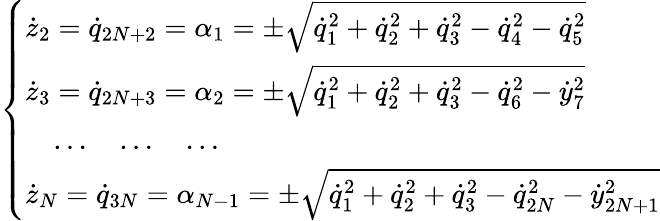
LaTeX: \left\{ \begin{array}{l}{{\dot{z}}_{2}={\dot{q}}_{2N+2}=\alpha_{1}=\pm\sqrt{{\dot{q}}_{1}^{2}+{\dot{q}}_{2}^{2}+{\dot{q}}_{3}^{2}-{\dot{q}}_{4}^{2}-{\dot{q}}_{5}^{2}}}\\ {{\dot{z}}_{3}={\dot{q}}_{2N+3}=\alpha_{2}=\pm\sqrt{{\dot{q}}_{1}^{2}+{\dot{q}}_{2}^{2}+{\dot{q}}_{3}^{2}-{\dot{q}}_{6}^{2}-{\dot{y}}_{7}^{2}}}\\ {\quad\dots\quad\dots\quad\dots}\\ {{\dot{z}}_{N}={\dot{q}}_{3N}=\alpha_{N-1}=\pm\sqrt{{\dot{q}}_{1}^{2}+{\dot{q}}_{2}^{2}+{\dot{q}}_{3}^{2}-{\dot{q}}_{2N}^{2}-{\dot{y}}_{2N+1}^{2}}}\end{array}\right.